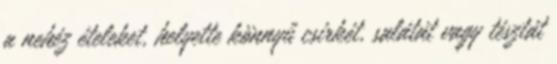
a nehéz ételeket, helyette könnyű csirkét, salátát vagy tésztát